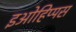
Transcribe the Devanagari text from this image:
इओहिप्पस